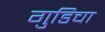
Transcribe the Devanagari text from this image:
गुडिचा